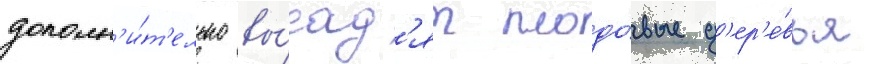
дополн'и́т'ельно вы́сад'ят плодо́вые д'ер'е́вья